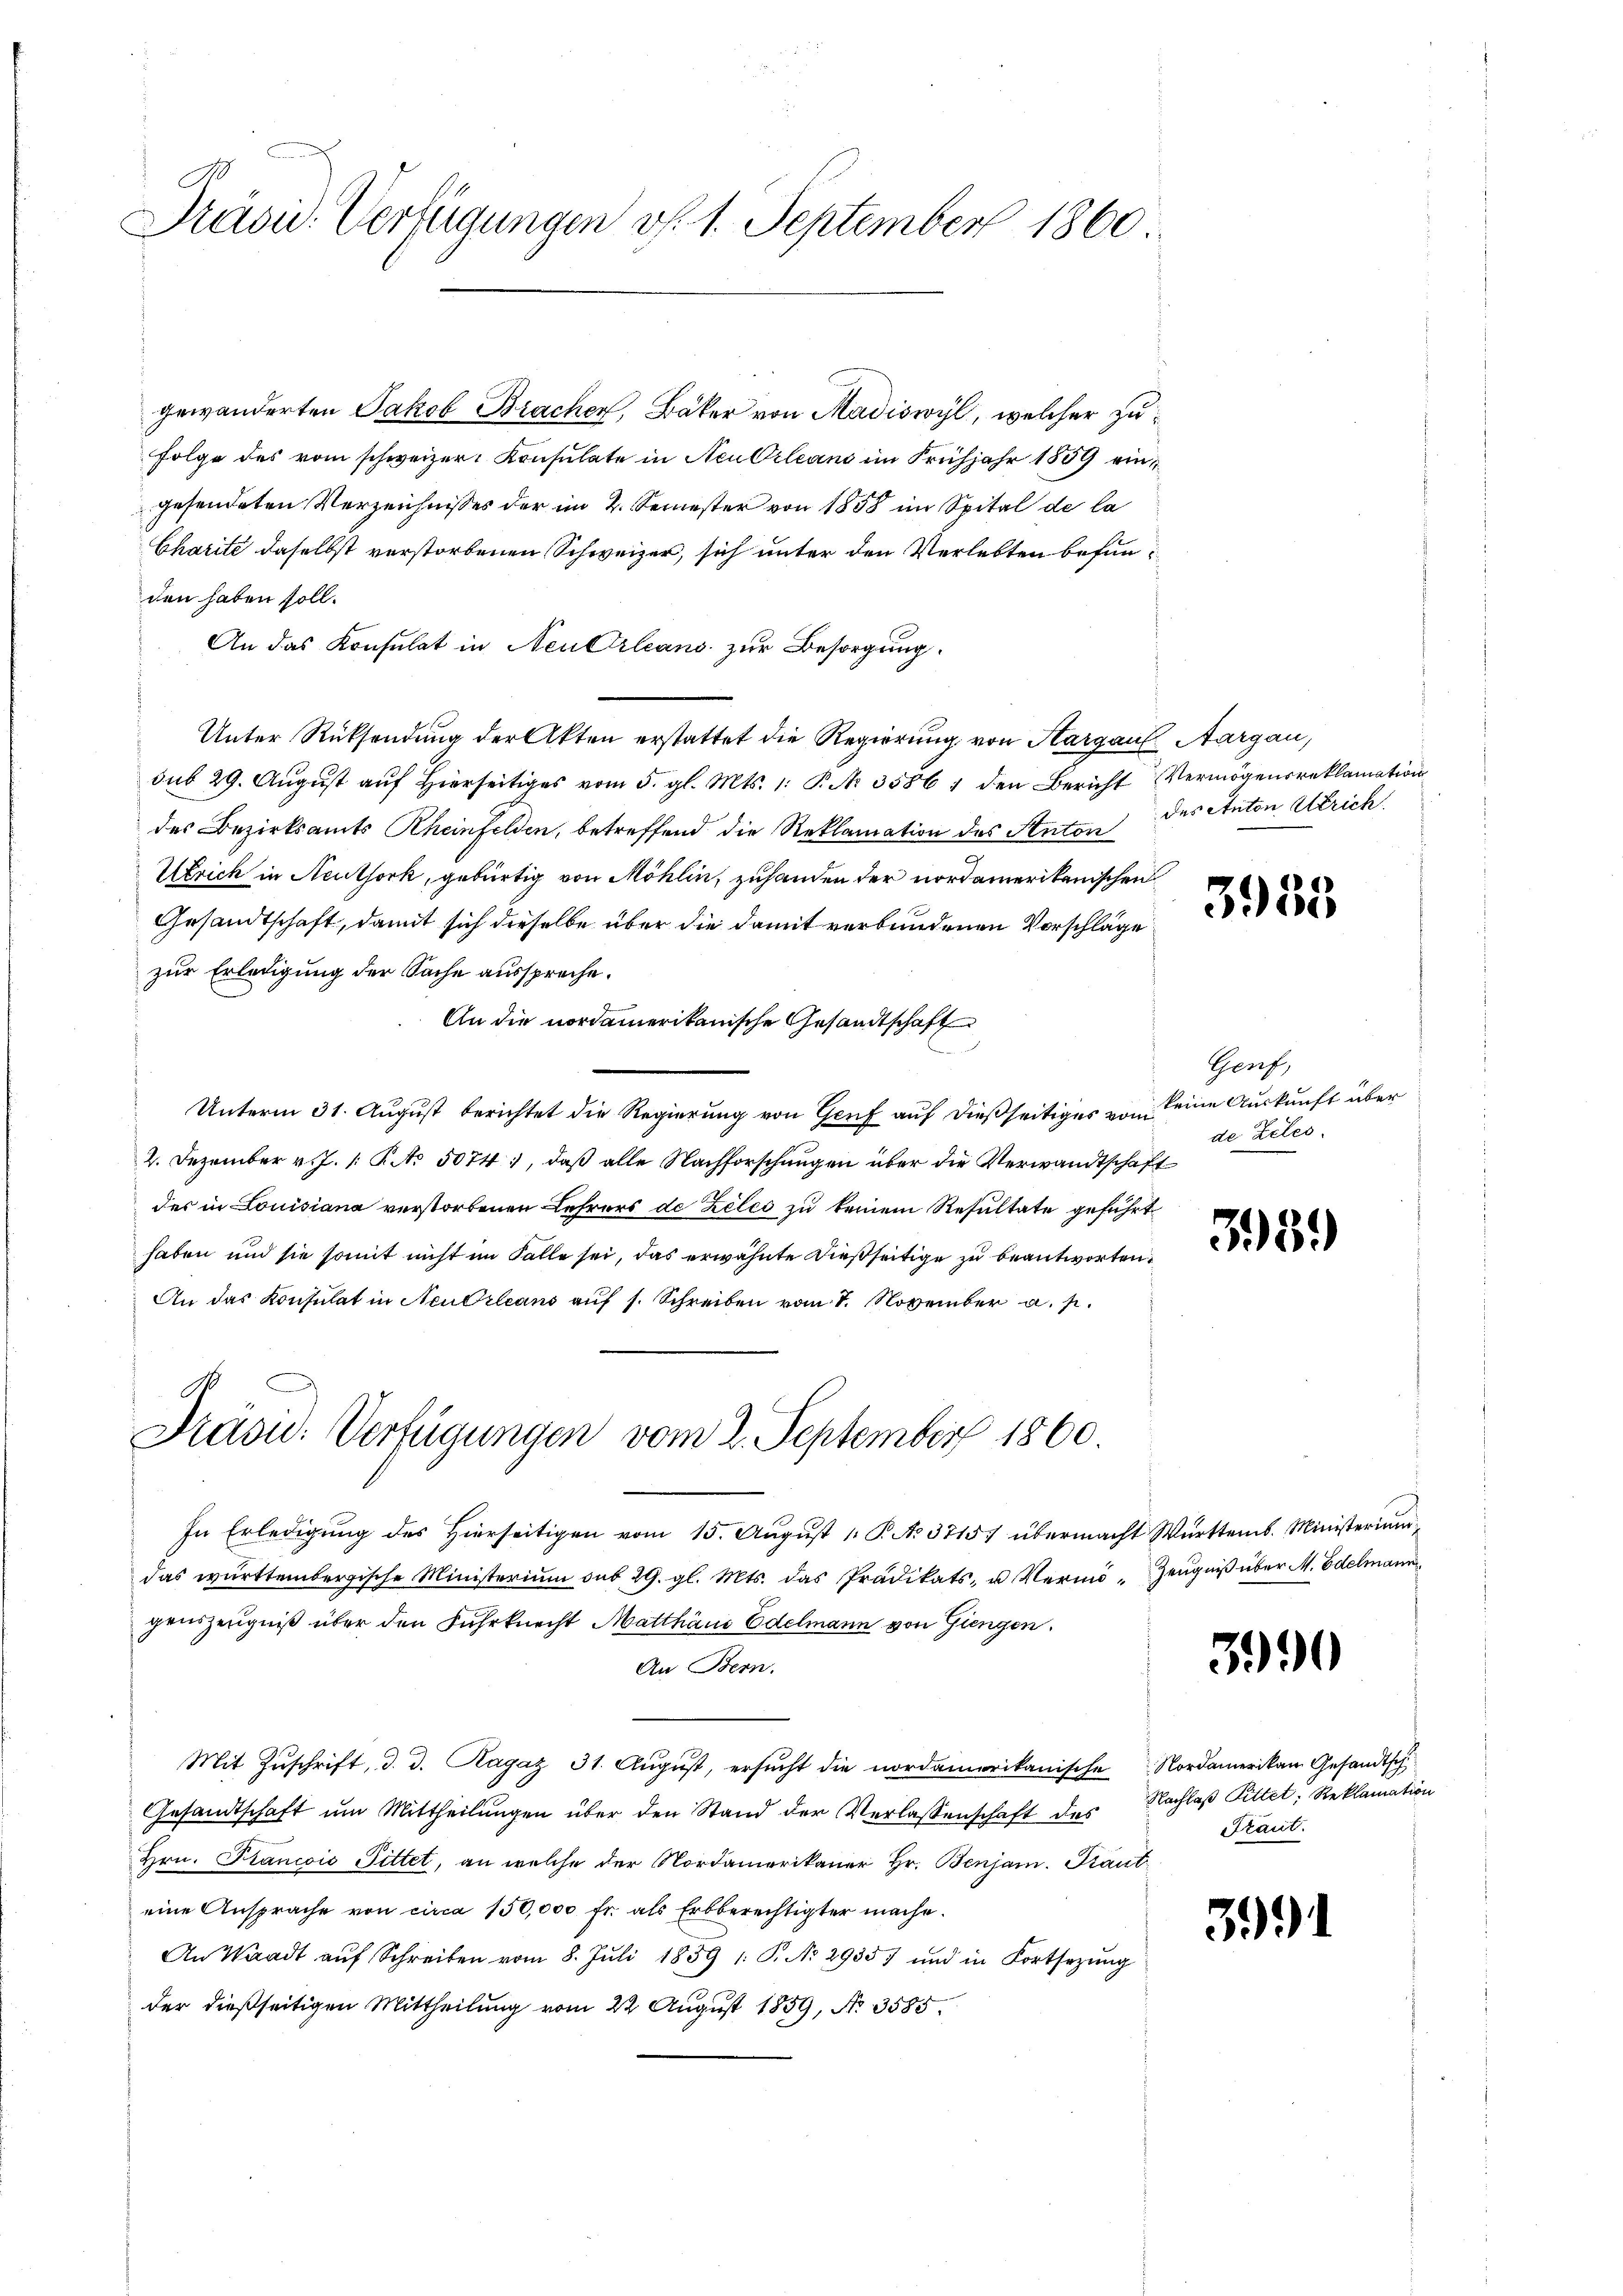
Präsid. Verfügungen v. 1. September 1860

gewänderten Jakob Brachen, Bäker von Madiswyl, welcher zu¬
Folge des vom schweizer Konsulate in Neu Orleans im Frühjahr 1889 eingesendeten Verzeichnisses der im 2. Semester von 1858 im Spital de la
Charite daselbst verstorbenen Schweizer, sich unter den Verlebten befunden haben soll.
An das Konsulat in Neukirleans zur Besorgung.
Unter Rücksendung der Akten erstattet die Regierung von Aargauf Aargau,
sub 29. Aŭgŭst auf hierseitiges vom 5. gl. Mts. 1. P. Nr. 35861 den Bericht Vermögensreklamation
des Bezirksamts Rheinfelden, betreffend die Reklamation des Anton
Uerich in Neuthork, gebürtig von Möhlin, zuhanden der nordamerikanischen
Gesandtschaft, damit sich dieselbe über die damit verbundenen Vorschläge
zur Erledigung der Sache ausspreche.
An die nordamerikanische Gesandtschaft
Unterm 31. August berichtet die Regierung von Genf auf dießseitiges vom eine Auskunft über
2. Dezember v. J. R. No 5074, daß alle Nachforschungen über die Verwandtschaft
des in Louisiana verstorbenen Lehrers de Zeles zu keinem Resultate geführt
haben und sie somit nicht im Falle sei, das erwähnte dießseitige zu beantworten.
An das Konsulat in Neubileans auf s. Schreiben vom 1. November a. p.
Präsid. Verfügungen vom 2. September 1860.
In Erledigung des Hierseitigen vom 15. August 1 P. No. 3715) übermacht Württemb. Ministerium
das württembergische Ministerium sub 29. gl. Mts. das Prädikats- u Vermö- Zeŭgniβ über M. Edelmann
genszeugniß über den Fuhrknecht Matthäus Edelmann von Giengen.
An Bern.
Mit Zŭschrift, d. d. Ragaz 31. Aŭgŭst, ersŭcht die nordamerikanische Nordamerikan Gesandtsch
Gesandtschaft um Mittheilungen über den Stand der Verlassenschaft des
Hrn. Francois Pittet, an welche der Nordamerikaner Hr. Benjam. Traut
eine Ansprache von circa 150,000 fr. als Erbberechtigter mache.
An Waadt aŭf Schreiben vom 8. Jŭli 1859 1: P. No 2935) und in Fortsetzŭng
der dießseitigen Mittheilung vom 22. August 1859, No. 3585.

des Anton Strich

3955

Genf,
de Zeles.

3939

3990

Nachlaß Pittet, Reklamation
Traut.

39.

)